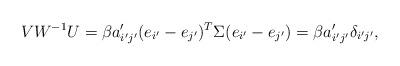
LaTeX: \begin{align*}VW^{-1}U=\beta a_{i'j'}'(e_{i'}-e_{j'})^{T}\Sigma(e_{i'}-e_{j'})=\beta a_{i'j'}'\delta_{i'j'},\end{align*}